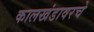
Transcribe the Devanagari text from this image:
कालखंडावरचे